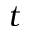
t